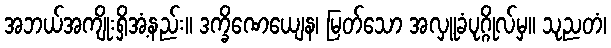
အဘယ်အကျိုးရှိအံ့နည်း။ ဒက္ခိဏေယျေန၊ မြတ်သော အလှူခံပုဂ္ဂိုလ်မှ။ သုညတံ၊